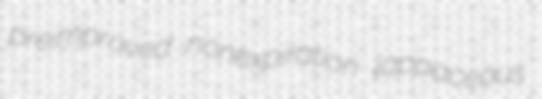
preimproved nonexpiration lappaceous